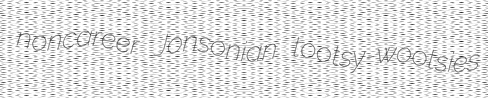
noncareer Jonsonian tootsy-wootsies